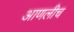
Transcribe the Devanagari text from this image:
आणलीच